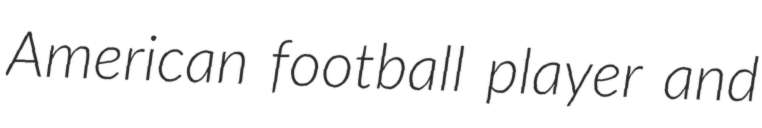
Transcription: American football player and